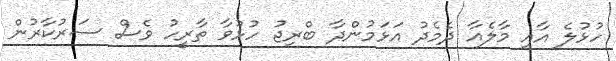
ހުޅުލެ އާއި މާލެއާ ދެމެދު އަޅަމުންދާ ބްރިޖު ހުޅުވާ ތާރީހު ވެސް ސަރުކާރުން